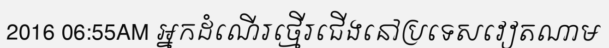
2016 06:55AM អ្នកដំណើរថ្មើរជើងនៅប្រទេសវៀតណាម